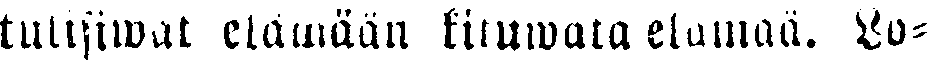
tuliwat elämään kituwata elämää. Lo-